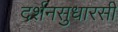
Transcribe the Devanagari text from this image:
दर्शनसुधारसी